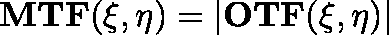
\mathbf { M T F ( \xi , \eta ) } = | \mathbf { O T F ( \xi , \eta ) } |